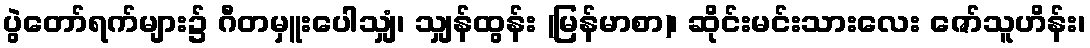
ပွဲတော်ရက်များ၌ ဂီတမှူးပေါသျှံ၊ သျှန်ထွန်း (မြန်မာစာ)၊ ဆိုင်းမင်းသားလေး ဇော်သူဟိန်း၊